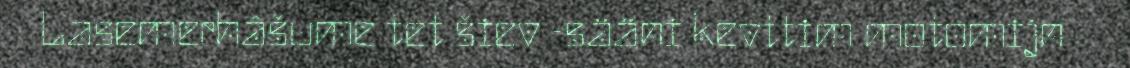
Lasemerhâšume tet šiev -sääni kevttim motomijn